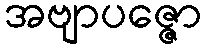
အဗျာပဇ္ဇော